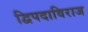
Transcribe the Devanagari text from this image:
द्विपदाविराज